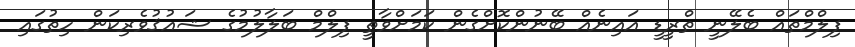
ފިލްމްތައް ބެލޭނީ ތްރީޑީ އައިނެއް ބޭނުންކޮށްގެން ކަމަށްވާތީ ފިލްމް ބަލާލުމުގެ ޝައުޤުވެރިކަން ހިތުގައި